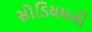
સોડિયમની